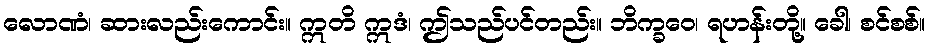
လောဏံ၊ ဆားလည်းကောင်း။ ဣတိ ဣဒံ၊ ဤသည်ပင်တည်း။ ဘိက္ခဝေ၊ ရဟန်းတို့။ ခေါ၊ စင်စစ်။